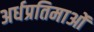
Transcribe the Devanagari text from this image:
अर्धप्रतिमाओं